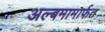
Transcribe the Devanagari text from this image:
अल्बमामार्फत